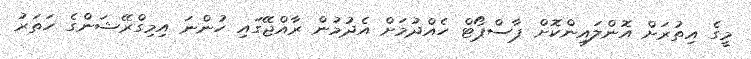
މީގެ އިތުރަށް އޮންލައިންކޮށް ޕާސްޕޯޓް ހެއްދުމަށް އެެދުމުން ރާއްޖޭގައި ހުންނަ އިމިގްރޭޝަންގެ ހަތަރު